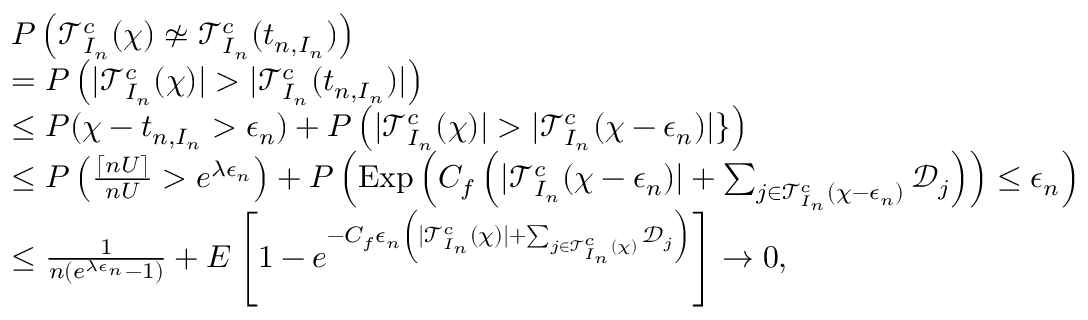
\begin{array} { r l } & { P \left( \mathcal { T } _ { I _ { n } } ^ { c } ( \chi ) \not \simeq \mathcal { T } _ { I _ { n } } ^ { c } ( t _ { n , I _ { n } } ) \right) } \\ & { = P \left( | \mathcal { T } _ { I _ { n } } ^ { c } ( \chi ) | > | \mathcal { T } _ { I _ { n } } ^ { c } ( t _ { n , I _ { n } } ) | \right) } \\ & { \leq P ( \chi - t _ { n , I _ { n } } > \epsilon _ { n } ) + P \left( | \mathcal { T } _ { I _ { n } } ^ { c } ( \chi ) | > | \mathcal { T } _ { I _ { n } } ^ { c } ( \chi - \epsilon _ { n } ) | \} \right) } \\ & { \leq P \left( \frac { \lceil n U \rceil } { n U } > e ^ { \lambda \epsilon _ { n } } \right) + P \left( \mathrm { E x p } \left( C _ { f } \left( | \mathcal { T } _ { I _ { n } } ^ { c } ( \chi - \epsilon _ { n } ) | + \sum _ { j \in \mathcal { T } _ { I _ { n } } ^ { c } ( \chi - \epsilon _ { n } ) } \mathcal { D } _ { j } \right) \right) \leq \epsilon _ { n } \right) } \\ & { \leq \frac { 1 } { n ( e ^ { \lambda \epsilon _ { n } } - 1 ) } + E \left[ 1 - e ^ { - C _ { f } \epsilon _ { n } \left( | \mathcal { T } _ { I _ { n } } ^ { c } ( \chi ) | + \sum _ { j \in \mathcal { T } _ { I _ { n } } ^ { c } ( \chi ) } \mathcal { D } _ { j } \right) } \right] \to 0 , } \end{array}